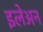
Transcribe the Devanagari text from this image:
इलेअन